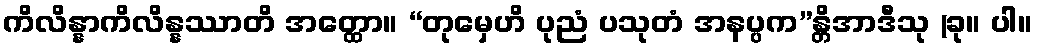
ကိလိန္နာကိလိန္နဿာတိ အတ္ထော။ “တုမှေဟိ ပုညံ ပသုတံ အနပ္ပက”န္တိအာဒီသု (ခု။ ပါ။